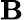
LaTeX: {\mathbf B}